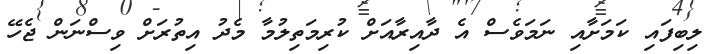
ލިބިފައި ކަމަށާއި ނަމަވެސް އެ ދާއިރާއަށް ކުރިމަތިލުމާ މެދު އިތުރަށް ވިސްނަން ޖެހޭ